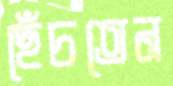
ছেঁচতেন